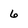
Character: 6